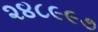
૨૪૮૯૯૭